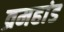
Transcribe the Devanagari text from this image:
व्रमहांड